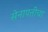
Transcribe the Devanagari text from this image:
सेनापतींचा